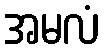
အမလံ